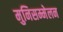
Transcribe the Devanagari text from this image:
मुनिसम्मेलन